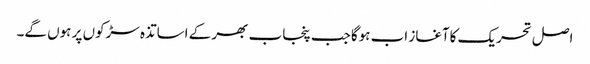
اصل تحریک کاآغاز اب ہوگا جب پنجاب بھر کے اساتذہ سڑکوں پر ہوں گے۔